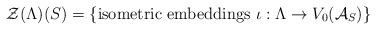
LaTeX: \begin{align*}\mathcal{Z}(\Lambda)(S) = \{\mbox{isometric embeddings }\iota:\Lambda\to V_0(\mathcal{A}_S) \}\end{align*}